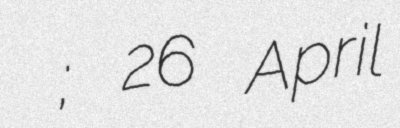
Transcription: Василий Степанович; 26 April